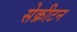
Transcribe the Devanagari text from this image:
सेक्रीटन